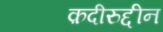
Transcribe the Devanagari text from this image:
क़दीरुद्दीन